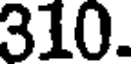
310.